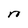
Character: n